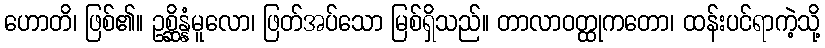
ဟောတိ၊ ဖြစ်၏။ ဥစ္ဆိန္နံမူလော၊ ဖြတ်အပ်သော မြစ်ရှိသည်။ တာလာဝတ္ထုကတော၊ ထန်းပင်ရာကဲ့သို့